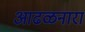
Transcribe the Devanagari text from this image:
आढळनारा